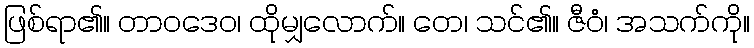
ဖြစ်ရာ၏။ တာဝဒေဝ၊ ထိုမျှလောက်။ တေ၊ သင်၏။ ဇီဝံ၊ အသက်ကို။